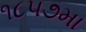
૧૮૫૭મા